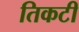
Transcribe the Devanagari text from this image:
तिकटी